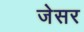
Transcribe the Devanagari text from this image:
जेसर